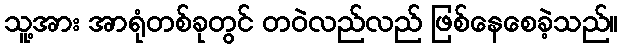
သူ့အား အာရုံတစ်ခုတွင် တဝဲလည်လည် ဖြစ်နေစေခဲ့သည်။